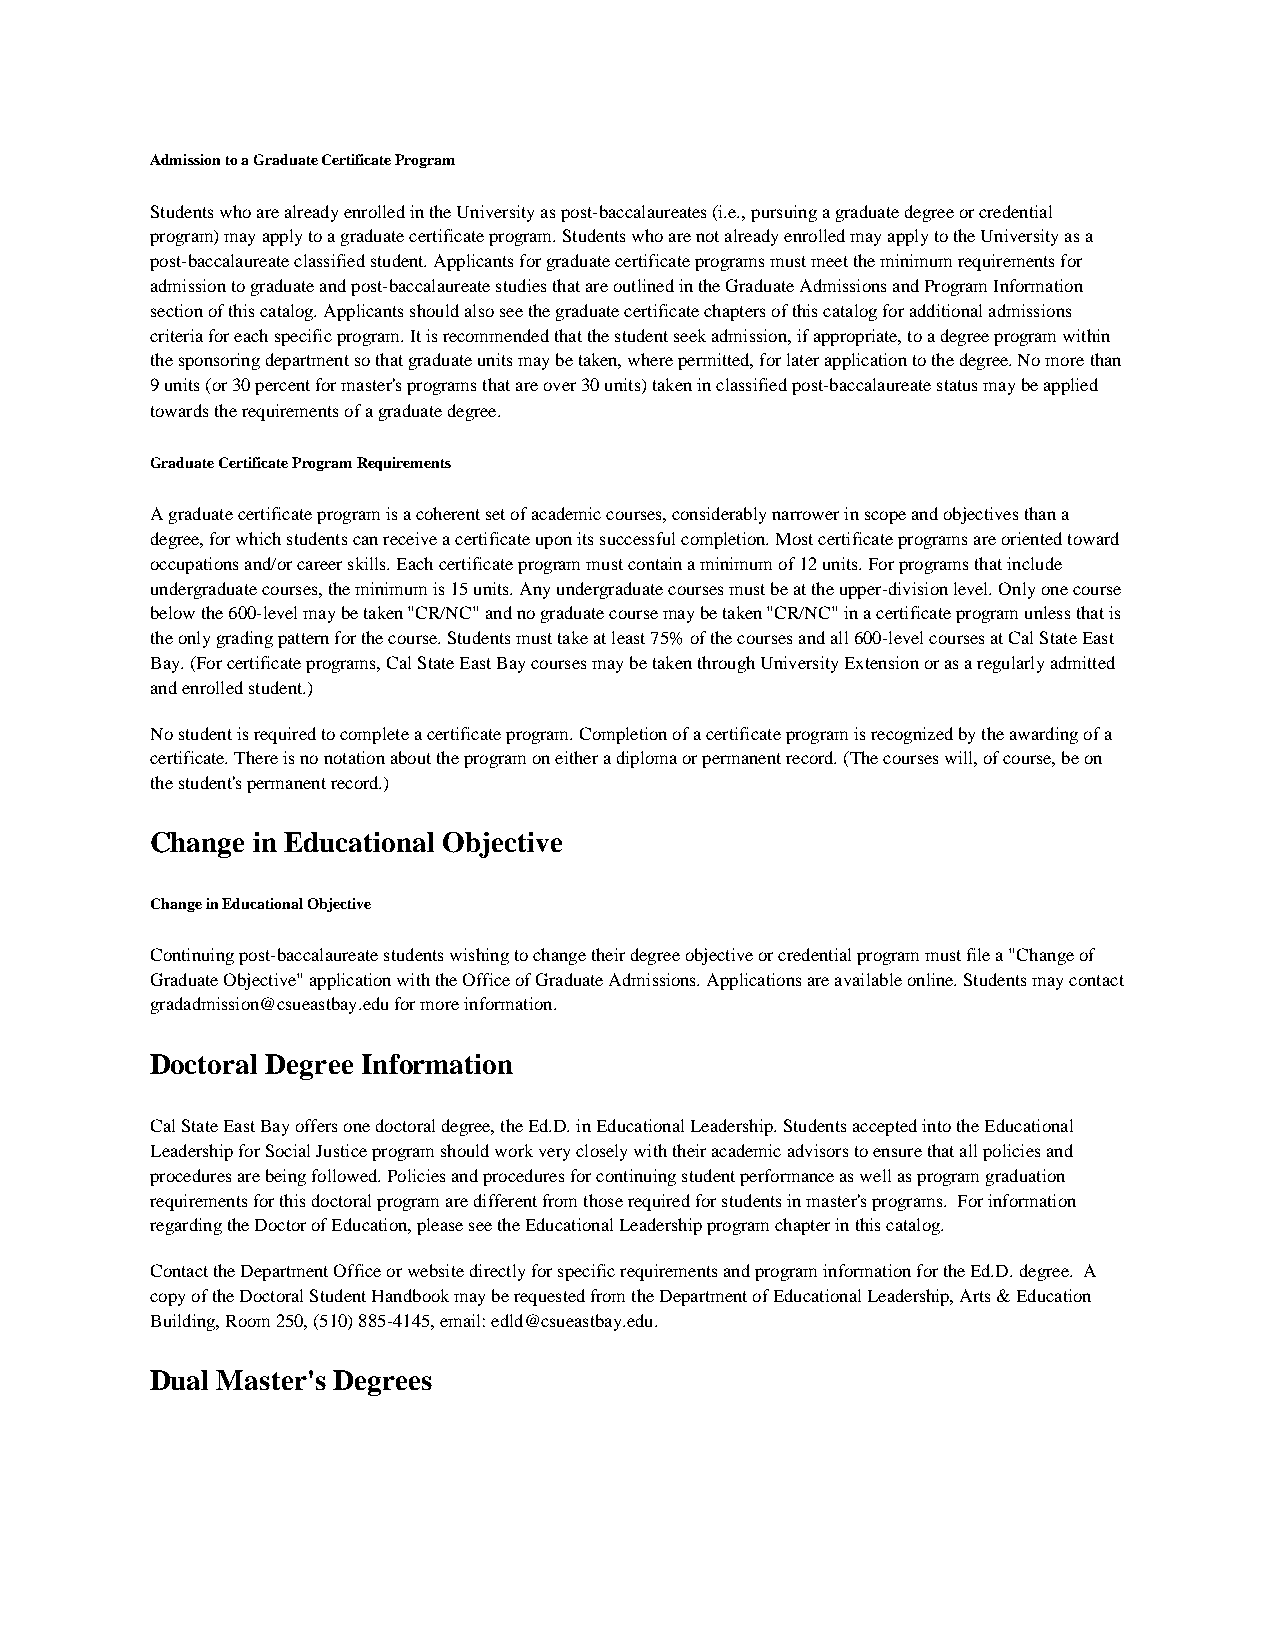
Admission to a Graduate Certificate Program
 Students who are already enrolled in the University as post-baccalaureates (i.e., pursuing a graduate degree or credential
 program) may apply to a graduate certificate program. Students who are not already enrolled may apply to the University as a
 post-baccalaureate classified student. Applicants for graduate certificate programs must meet the minimum requirements for
 admission to graduate and post-baccalaureate studies that are outlined in the Graduate Admissions and Program Information
 section of this catalog. Applicants should also see the graduate certificate chapters of this catalog for additional admissions
 criteria for each specific program. It is recommended that the student seek admission, if appropriate, to a degree program within
 the sponsoring department so that graduate units may be taken, where permitted, for later application to the degree. No more than
 9 units (or 30 percent for master's programs that are over 30 units) taken in classified post-baccalaureate status may be applied
 towards the requirements of a graduate degree.
 Graduate Certificate Program Requirements
 A graduate certificate program is a coherent set of academic courses, considerably narrower in scope and objectives than a
 degree, for which students can receive a certificate upon its successful completion. Most certificate programs are oriented toward
 occupations and/or career skills. Each certificate program must contain a minimum of 12 units. For programs that include
 undergraduate courses, the minimum is 15 units. Any undergraduate courses must be at the upper-division level. Only one course
 below the 600-level may be taken "CR/NC" and no graduate course may be taken "CR/NC" in a certificate program unless that is
 the only grading pattern for the course. Students must take at least 75% of the courses and all 600-level courses at Cal State East
 Bay. (For certificate programs, Cal State East Bay courses may be taken through University Extension or as a regularly admitted
 and enrolled student.)
 No student is required to complete a certificate program. Completion of a certificate program is recognized by the awarding of a
 certificate. There is no notation about the program on either a diploma or permanent record. (The courses will, of course, be on
 the student's permanent record.)
 Change in Educational Objective
 Change in Educational Objective
 Continuing post-baccalaureate students wishing to change their degree objective or credential program must file a "Change of
 Graduate Objective" application with the Office of Graduate Admissions. Applications are available online. Students may contact
 gradadmission@csueastbay.edu for more information.
 Doctoral Degree Information
 Cal State East Bay offers one doctoral degree, the Ed.D. in Educational Leadership. Students accepted into the Educational
 Leadership for Social Justice program should work very closely with their academic advisors to ensure that all policies and
 procedures are being followed. Policies and procedures for continuing student performance as well as program graduation
 requirements for this doctoral program are different from those required for students in master's programs. For information
 regarding the Doctor of Education, please see the Educational Leadership program chapter in this catalog.
 Contact the Department Office or website directly for specific requirements and program information for the Ed.D. degree. A
 copy of the Doctoral Student Handbook may be requested from the Department of Educational Leadership, Arts & Education
 Building, Room 250, (510) 885-4145, email: edld@csueastbay.edu.
 Dual Master's Degrees